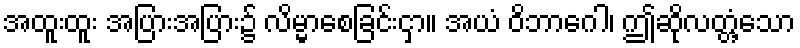
အထူးထူး အပြားအပြား၌ လိမ္မာစေခြင်းငှာ။ အယံ ဝိဘာဂေါ၊ ဤဆိုလတ္တံ့သော